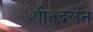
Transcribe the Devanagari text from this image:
शीतदलन